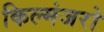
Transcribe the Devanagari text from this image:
किल्मंजरो